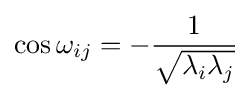
\cos \omega _{ij}=-{\frac {1}{\sqrt {\lambda _{i}\lambda _{j}}}}